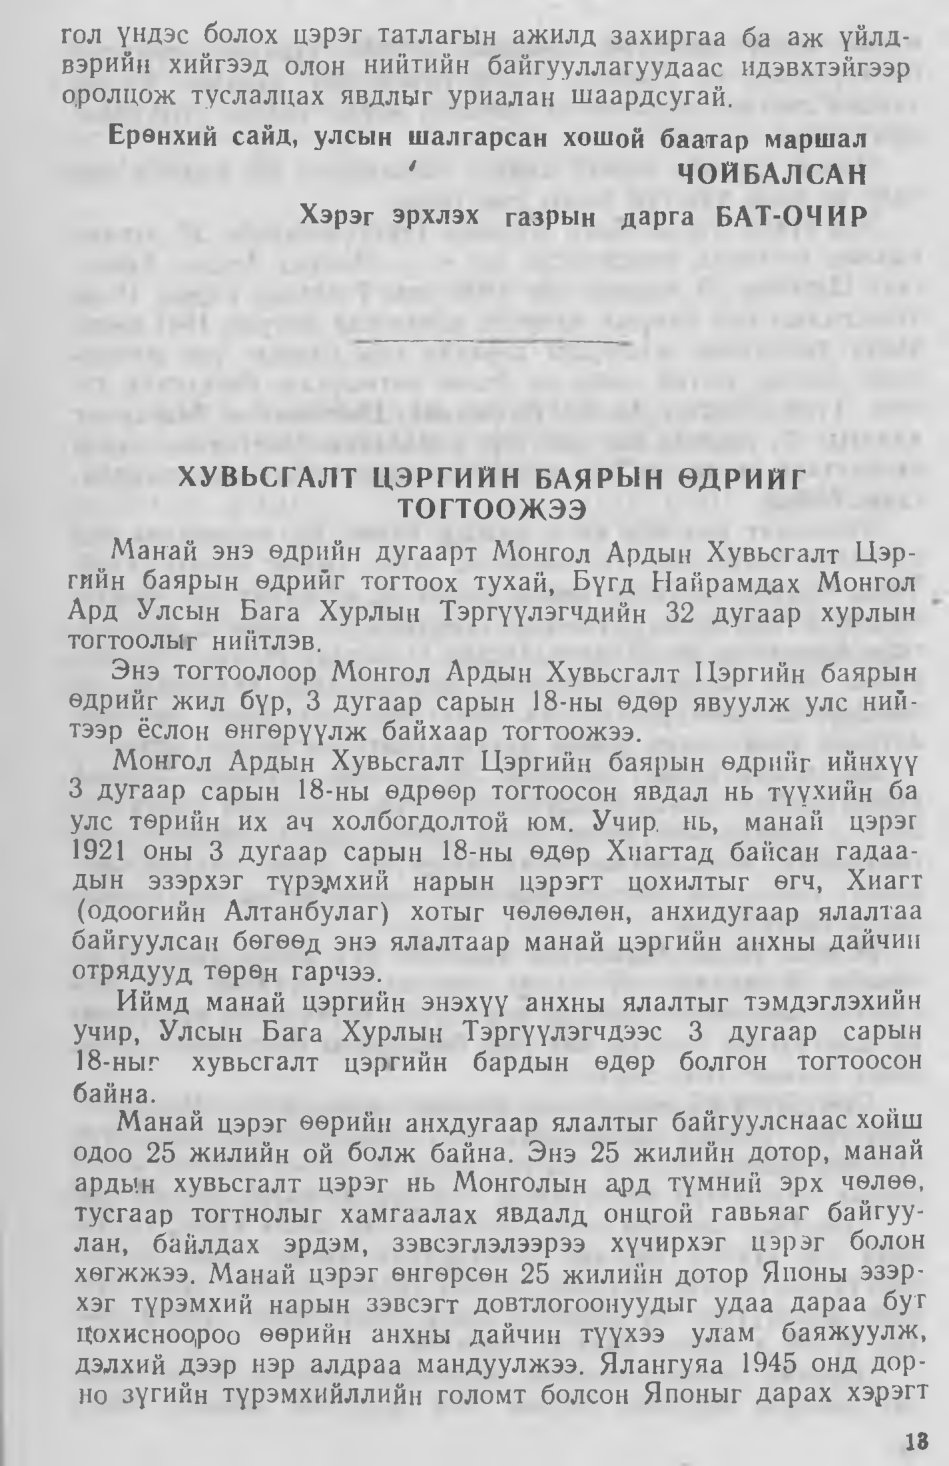
Language: mn